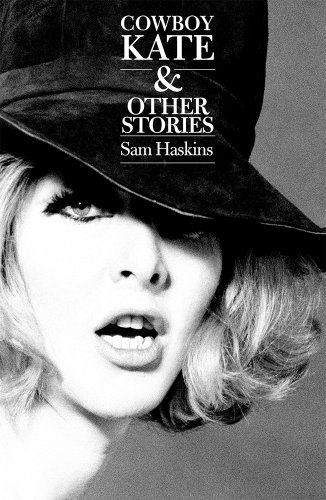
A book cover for Cowboy Kate and Other Stories; Sam Haskins; Arts & Photography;